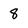
Character: 8